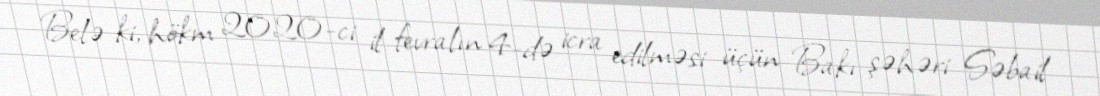
Belə ki, hökm 2020-ci il fevralın 4-də icra edilməsi üçün Bakı şəhəri Səbail